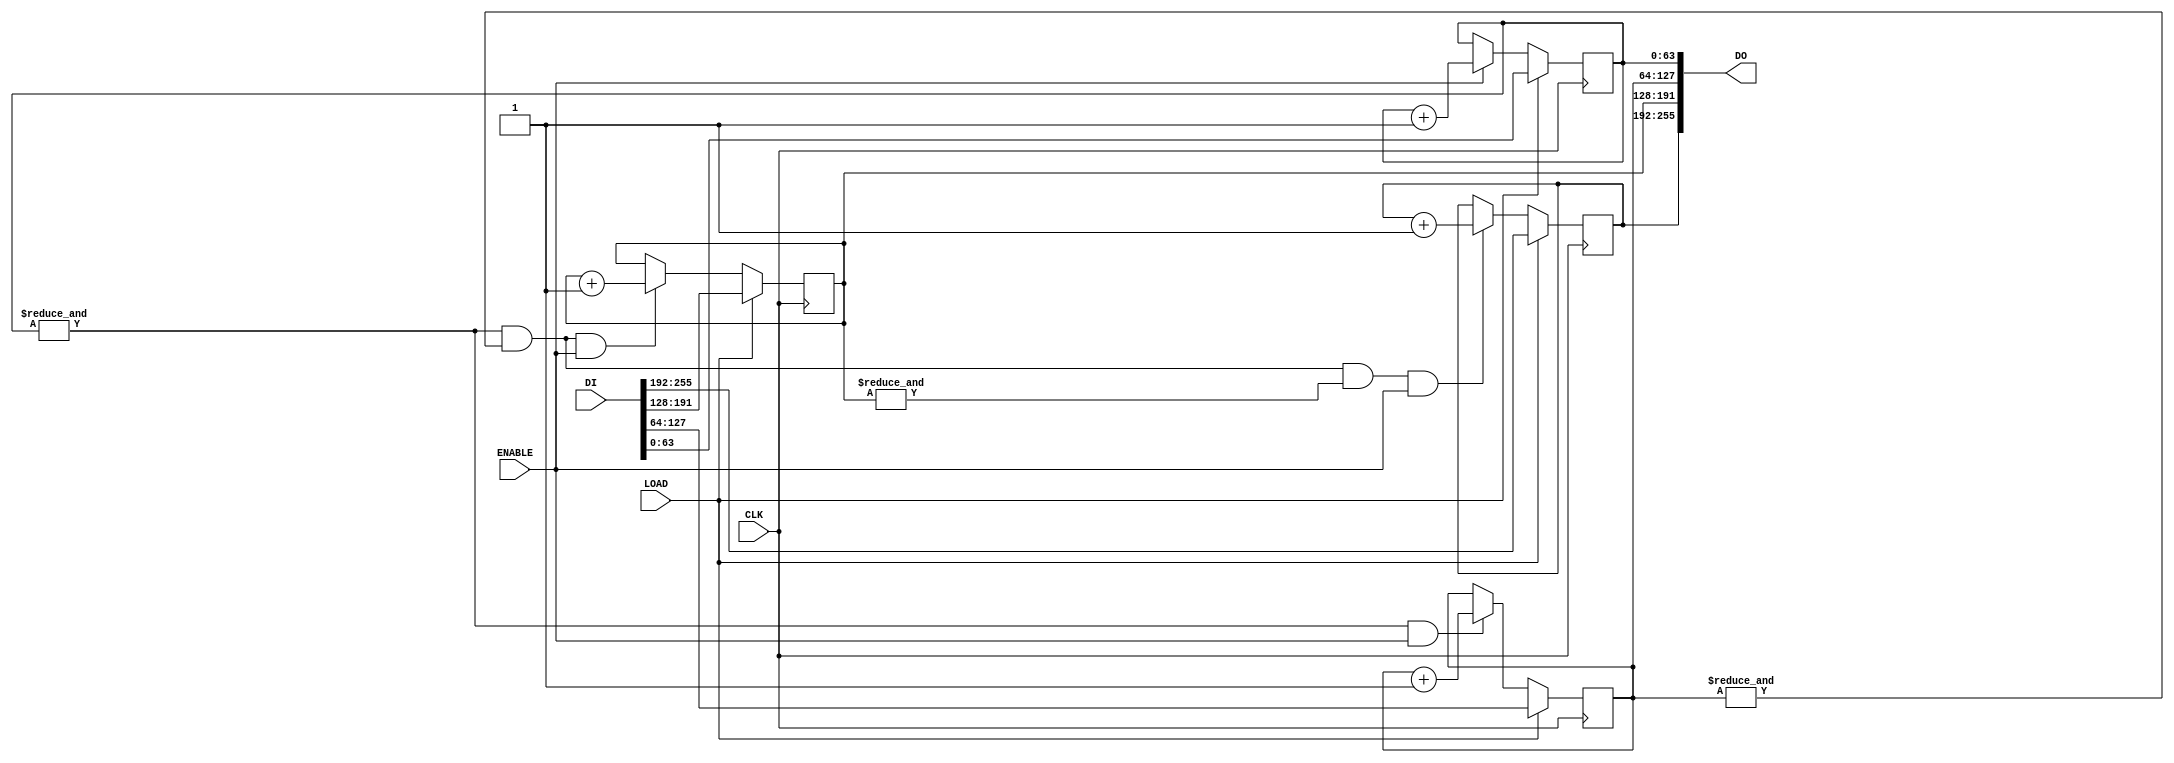
module counter_rollover
#(parameter       W = 256, // width of counter
  parameter       N = 4)   // how many parts contain counter?
 (input  wire         CLK,
  input  wire         ENABLE,
  input  wire         LOAD,
  input  wire [W-1:0] DI,
  output wire [W-1:0] DO
  );

reg [(W/N)-1:0] cnt [N-1:0];

wire [N-1:0] tc; // TerminalCount
wire [N-1:0] ro; // RollOver


genvar k;
generate
  for (k=0;k<N;k=k+1) begin: gen_counter

    assign tc[k] = (k==0) ? 1'b1 : (tc[k-1] && (& cnt[k-1]));
    assign ro[k] = tc[k] & ENABLE;

    always @(posedge CLK) begin
      if (LOAD)
        cnt[k] <= DI[W/N*(k+1)-1:W/N*k];
      else if (ro[k])
        cnt[k] <= cnt[k] + 1;
    end

    assign DO[W/N*(k+1)-1:W/N*k] = cnt[k];

  end
endgenerate

`ifndef SYNTHESIS
  integer kk;
  initial begin
  $dumpfile("counter_rollover.vcd");
  for (kk=0;kk<N;kk=kk+1)
      $dumpvars(0,cnt[kk]);
  end
`endif

endmodule